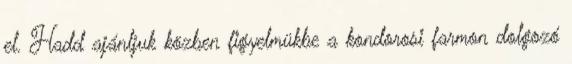
el. Hadd ajánljuk közben figyelmükbe a kondorosi farmon dolgozó